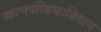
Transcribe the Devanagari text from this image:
आत्मपरिक्षणाशिवाय